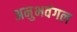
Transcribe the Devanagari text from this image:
अनुभवंगल